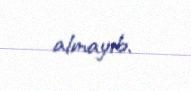
almayıb.